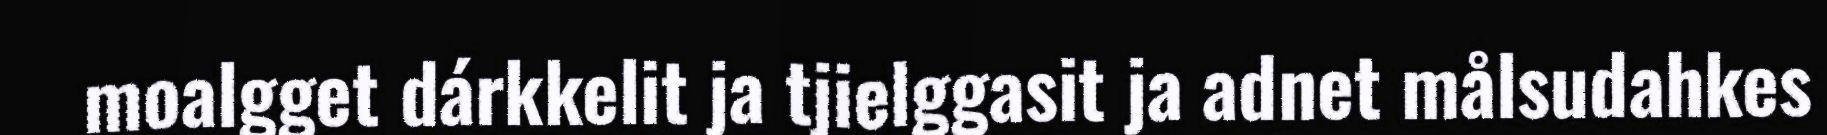
moalgget dárkkelit ja tjielggasit ja adnet målsudahkes